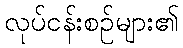
လုပ်ငန်းစဉ်များ၏